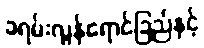
ခရမ်းလွန်ရောင်ခြည်နှင့်